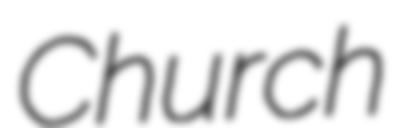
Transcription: Church